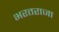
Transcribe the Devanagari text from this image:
भरतराजा